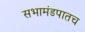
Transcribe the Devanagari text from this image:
सभामंडपातच